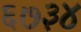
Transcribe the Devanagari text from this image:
६७३४